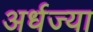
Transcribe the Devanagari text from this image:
अर्धज्या